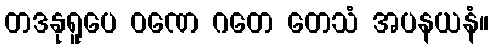
တဒနုရူပေ ဝဏေ ဂတေ တေသံ အပနယနံ။